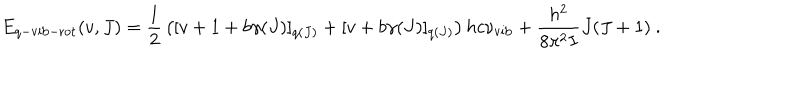
E _ { q - \mathrm { v i b - r o t } } ( v , J ) = { \frac { 1 } { 2 } } \left( [ v + 1 + b \gamma ( J ) ] _ { q ( J ) } + [ v + b \gamma ( J ) ] _ { q ( J ) } \right) h c \nu _ { \mathrm { v i b } } + \frac { h ^ { 2 } } { 8 \pi ^ { 2 } I } J ( J + 1 ) ~ .